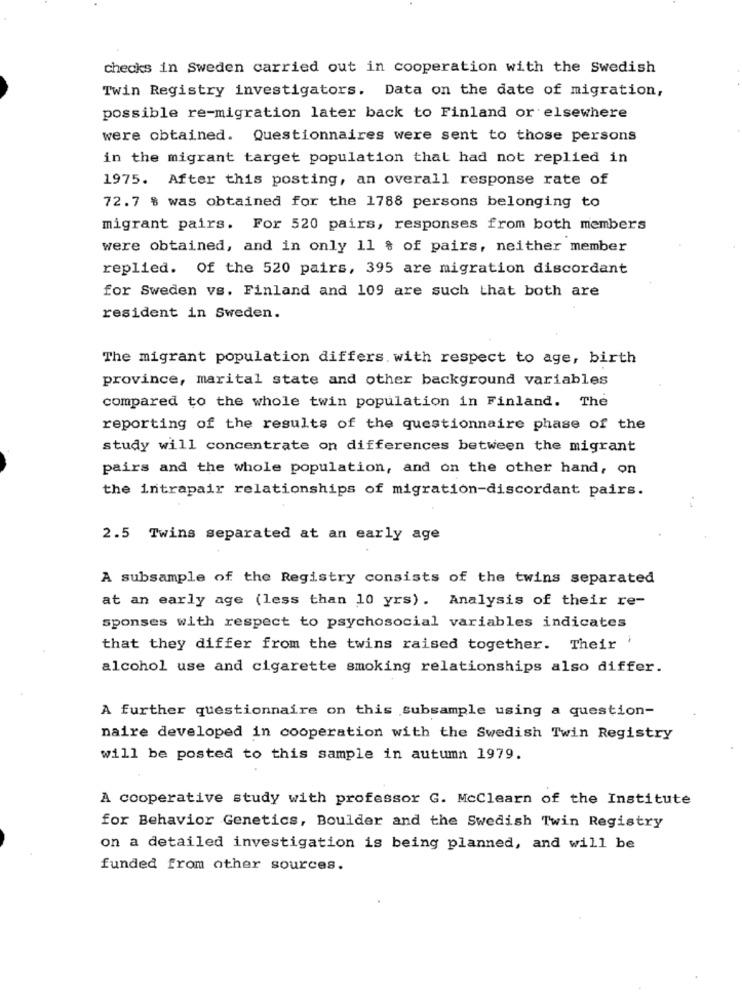
checks in Sweden carried out in cooperation with the Swedish
Twin Registry investigators. Data on the date of migration,
possible re-migration later back to Finland or elsewhere
were obtained. Questionnaires were sent to those persons
in the migrant target population that had not replied in
1975. After this posting, an overall response rate of
72.7 % was obtained for the 1788 persons belonging to
migrant pairs. For 520 pairs, responses from both members
were obtained, and in only 11 % of pairs, neither member
replied. Of the 520 pairs, 395 are migration discordant
for Sweden vs. Finland and 109 are such that both are
resident in Sweden.
The migrant population differs. with respect to age, birth
province, marital state and other background variables
compared to the whole twin population in Finland. The
reporting of the results of the questionnaire phase of the
study will concentrate on differences between the migrant
pairs and the whole population, and on the other hand, on
the intrapair relationships of migration-discordant pairs.
⑈.
2.5 Twins separated at an early age
A subsample of the Registry consists of the twins separated
at an early age (less than 10 yrs). Analysis of their re-
sponses with respect to psychosocial variables indicates
that they differ from the twins raised together. Their '
alcohol use and cigarette smoking relationships also differ.
A further questionnaire on this subsample using a question-
naire developed in cooperation with the Swedish Twin Registry
will be posted to this sample in autumn 1979.
A cooperative study with professor G. McClearn of the Institute
for Behavior Genetics, Boulder and the Swedish Twin Registry
on a detailed investigation is being planned, and will be
funded from other sources.